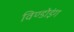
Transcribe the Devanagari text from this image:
विण्डोइंग